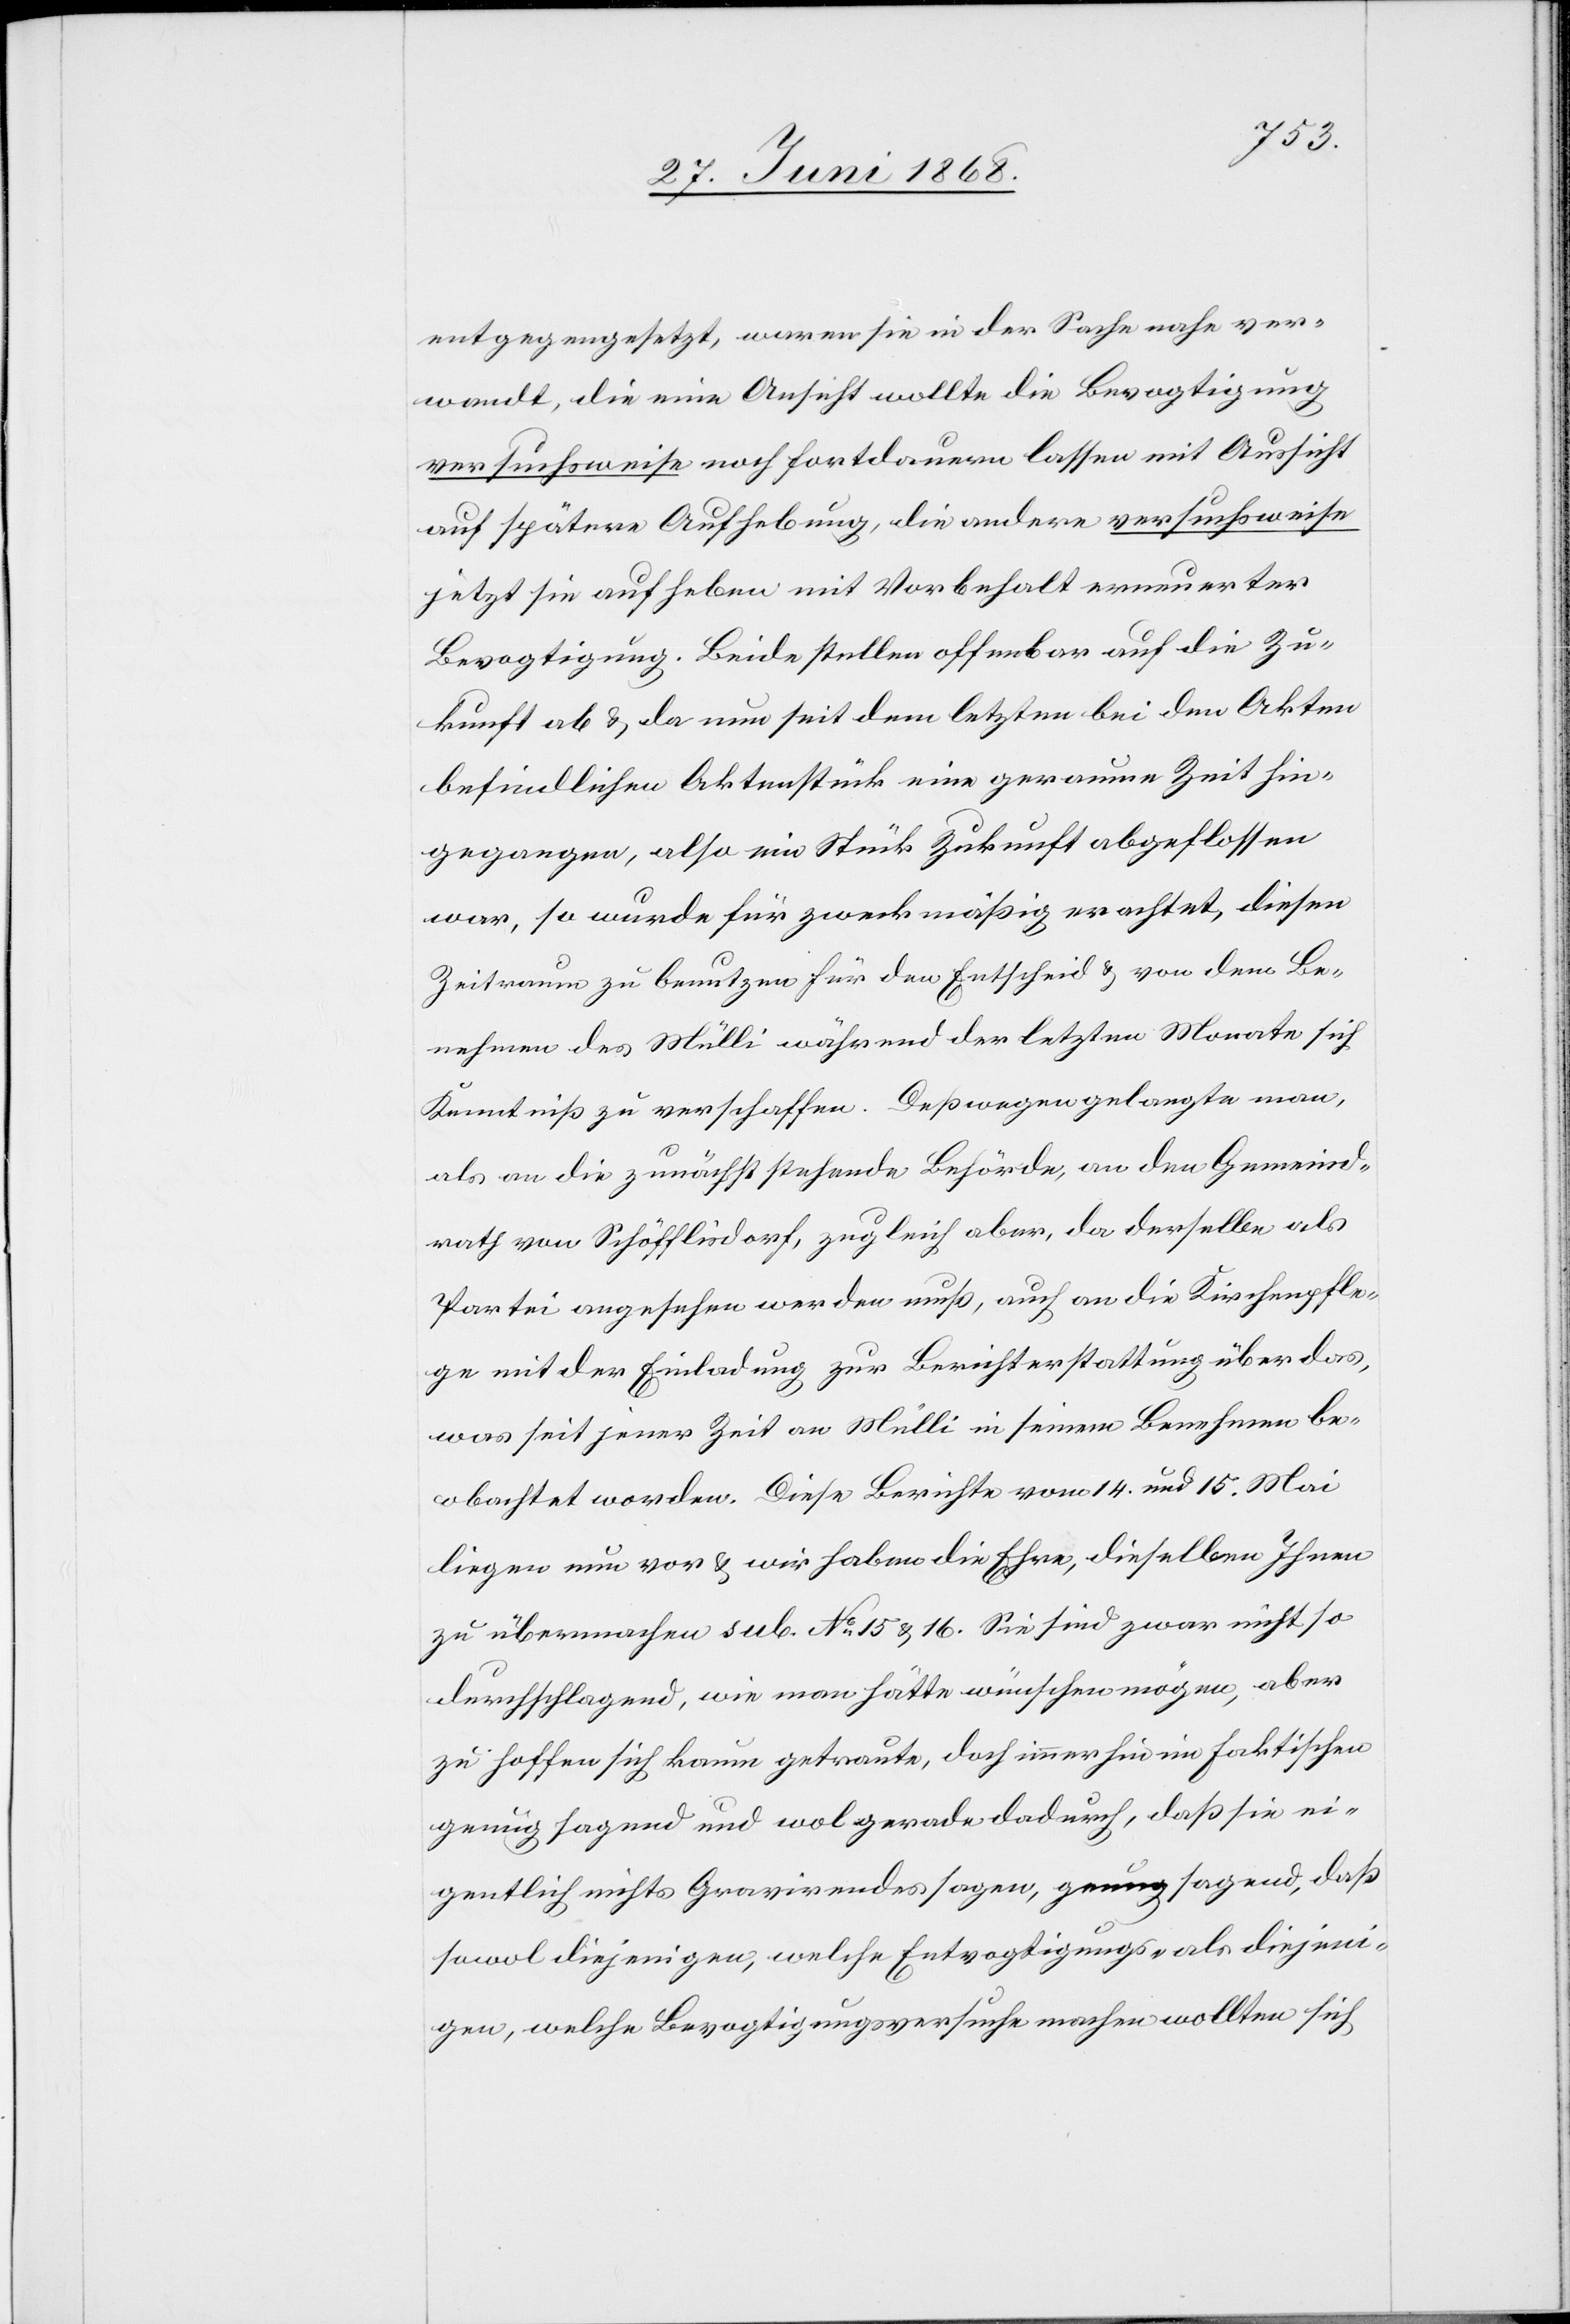
entgegengesetzt, waren sie in der Sache nahe ver¬
wandt, die eine Ansicht wollte die Bevogtigung
versuchsweise noch fortdauern lassen mit Aussicht
auf spätere Aufhebung, die andere versuchsweise
jetzt sie aufheben mit Vorbehalt erneuerter
Bevogtigung. Beide stellen offenbar auf die Zu¬
kunft ab & da nun seit dem letzten bei den Akten
befindlichen Aktenstück eine geraume Zeit hin¬
gegangen, also ein Stück Zukunft abgeflossen
war, so wurde für zweckmäßig erachtet, diesen
Zeitraum zu benutzen für den Entscheid & von dem Be¬
nehmen des Mülli während der letzten Monate sich
Kenntniß zu verschaffen. Deßwegen gelangte man,
als an die zunächst stehende Behörde, an den Gemeind¬
rath von Schöfflisdorf, zugleich aber, da derselbe als
Partei angesehen werden muß, auch an die Kirchenpfle¬
ge mit der Einladung zur Berichterstattung über das,
was seit jener Zeit an Mülli in seinem Benehmen be¬
obachtet worden. Diese Berichte vom 14. und 15. Mai
liegen nun vor & wir haben die Ehre, dieselben Ihnen
zu übermachen sub No. 15 & 16. Sie sind zwar nicht so
durchschlagend, wie man hätte wünschen mögen, aber
zu hoffen sich kaum getraute, doch immerhin im Faktischen
genug sagend und wol gerade dadurch, daß sie ei¬
gentlich nichts Gravirendes sagen, genug sagend, daß
sowol diejenigen, welche Entvogtigungs- als diejeni¬
gen, welche Bevogtigungsversuche machen wollten sich